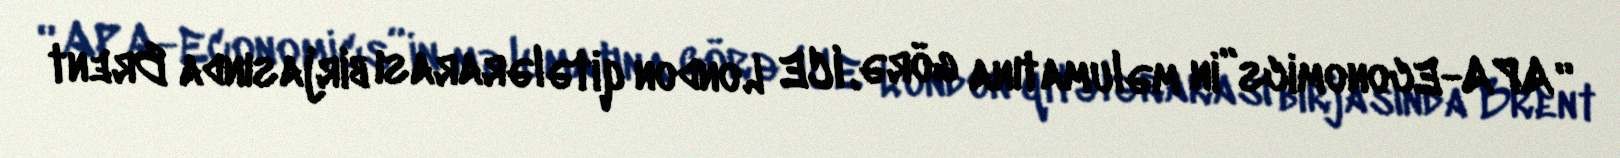
“APA-Economics”in məlumatına görə, ICE London qitələrarası birjasında Brent